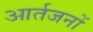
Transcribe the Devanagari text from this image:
आर्तजनों